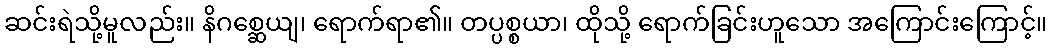
ဆင်းရဲသို့မူလည်း။ နိဂစ္ဆေယျ၊ ရောက်ရာ၏။ တပ္ပစ္စယာ၊ ထိုသို့ ရောက်ခြင်းဟူသော အကြောင်းကြောင့်။